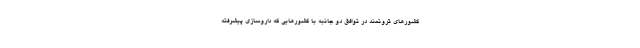
کشور‌های ثروتمند در توافق دو جانبه با کشورهایی که داروسازی پیشرفته